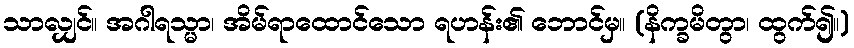
သာလျှင်။ အဂါရသ္မာ၊ အိမ်ရာထောင်သော ရဟန်း၏ ဘောင်မှ။ (နိက္ခမိတွာ၊ ထွက်၍။)